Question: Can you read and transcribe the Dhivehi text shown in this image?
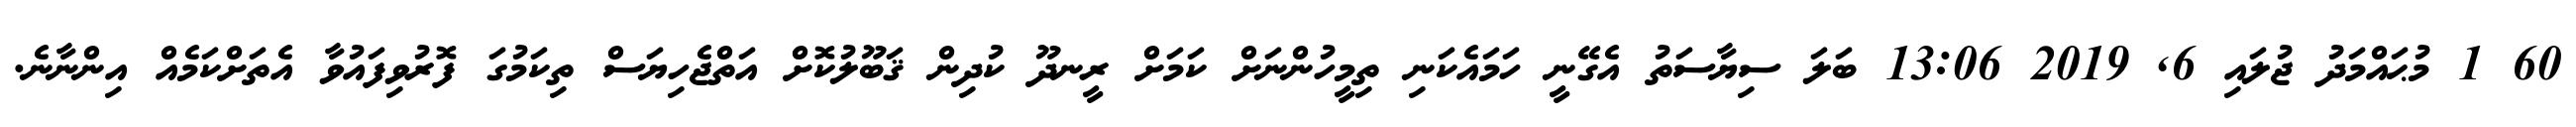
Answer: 60 1 މުޙައްމަދު ޖުލައި 6, 2019 13:06 ބަލަ ސިޔާސަތު އެގޭނީ ހަމައެކަނި ތިމީހުންނަށް ކަމަށް ރީނދޫ ކުދިން ޤަބޫލުކޮށް އަތްޖެހިޔަސް ތިކަމުގަ ފޮރުވިފައުވާ އެތަށްކަމެއް އިންނާނެ.